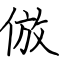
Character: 倣